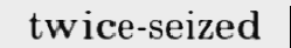
twice-seized